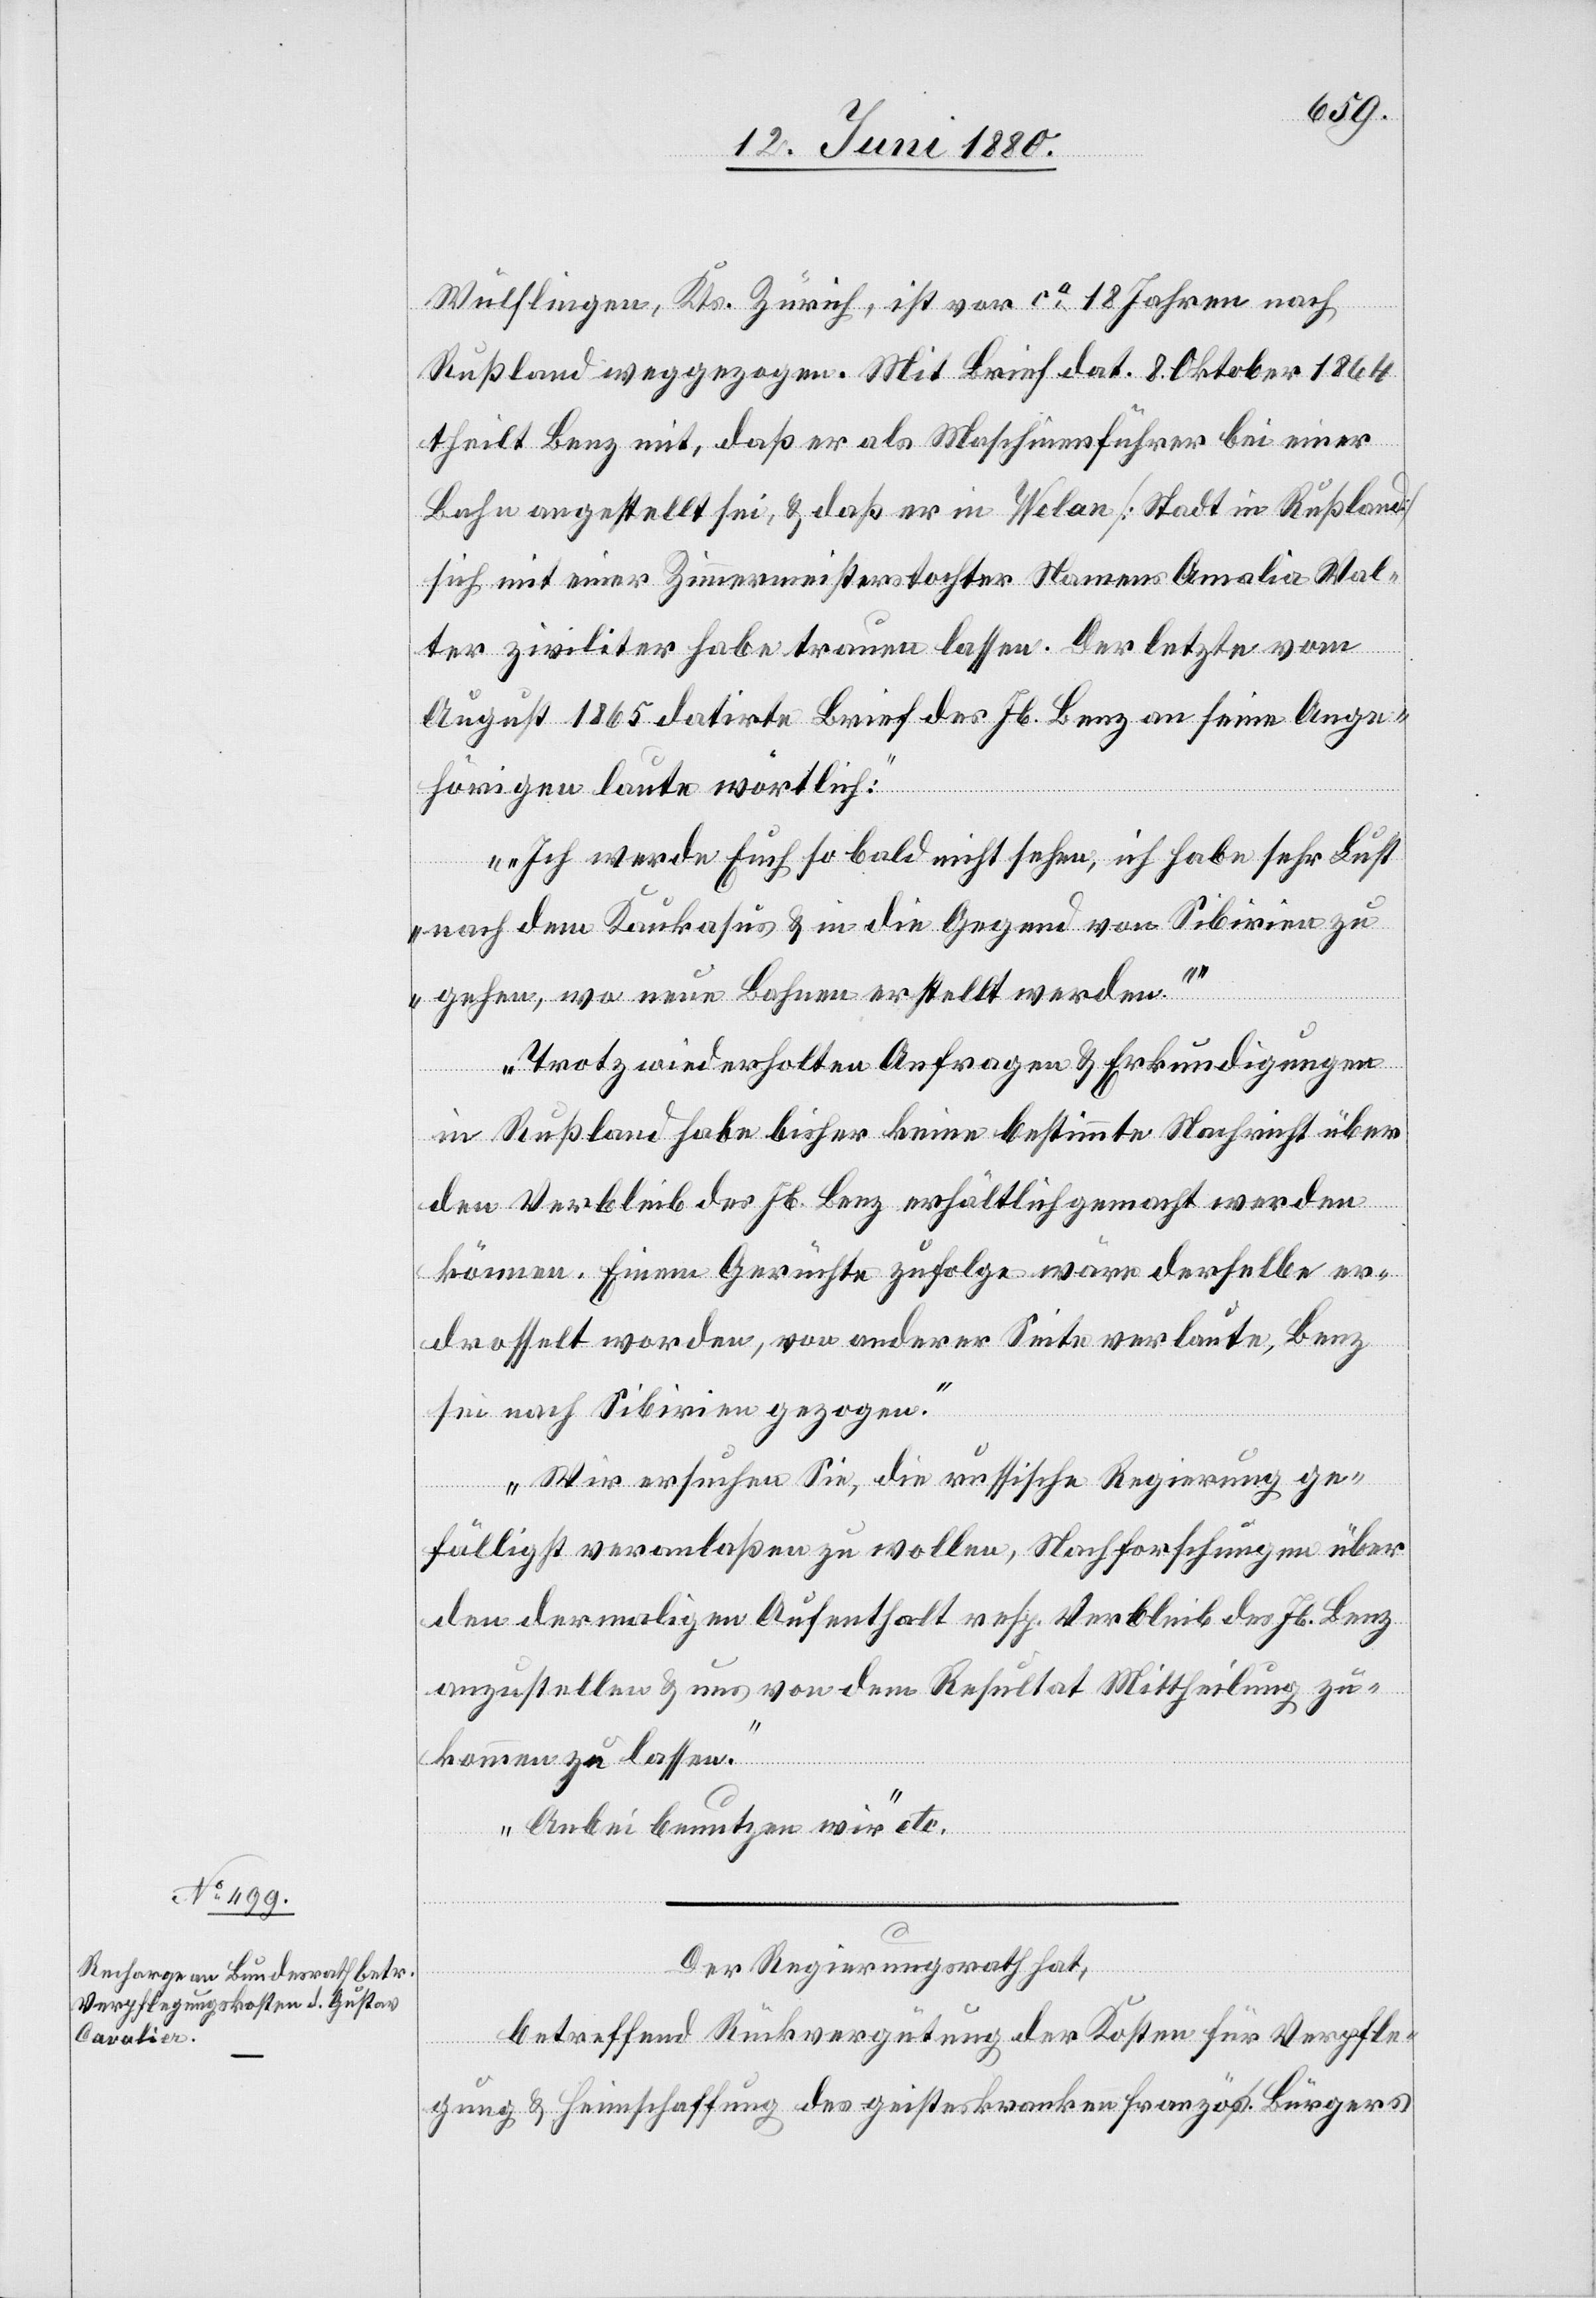
Wülflingen, Kts. Zürich, ist vor ca 18 Jahren nach
Rußland weggezogen. Mit Brief dat. 8. Oktober 1864
theilt Benz mit, daß er als Maschinenführer bei einer
Bahn angestellt sei, & daß er in Welan [Stadt in Rußland]
sich mit einer Zimmermeistertochter Namens Amalia Wal¬
ter ziviliter habe trauen lassen. Der letzte vom
August 1865 datirte Brief des Jb. Benz an seine Ange¬
hörigen laute wörtlich:
„Ich werde Euch so bald nicht sehen, ich habe sehr Lust
nach dem Kaukasus & in die Gegend von Sibirien zu
gehen, wo neue Bahnen erstellt werden.“
Trotz wiederholten Anfragen & Erkundigungen
in Rußland habe bisher keine bestimmte Nachricht über
den Verbleibt des Jb. Benz erhältlich gemacht werden
können. Einem Gerüchte zufolge wäre derselbe er¬
drosselt worden, von anderer Seite verlaute, Benz
sei nach Sibirien gezogen.
Wir ersuchen Sie, die russische Regierung ge¬
fälligst veranlaßen zu wollen, Nachforschungen über
den dermaligen Aufenthalt resp. Verbleibt des Jb. Benz
anzustellen & uns von dem Resultat Mittheilung zu¬
kommen zu lassen.
Anbei benutzen wir“ etc.
Der Regierungsrath hat,
betreffend Rückvergütung der Kosten für Verpfle¬
gung & Heimschaffung des geisteskranken französ. Bürgers